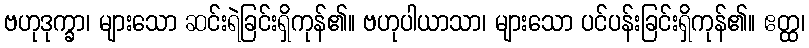
ဗဟုဒုက္ခာ၊ များသော ဆင်းရဲခြင်းရှိကုန်၏။ ဗဟုပါယာသာ၊ များသော ပင်ပန်းခြင်းရှိကုန်၏။ ဧတ္ထ၊